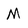
Character: M